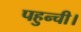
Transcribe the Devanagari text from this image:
पहुन्ची।